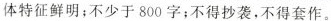
体特征鲜明；不少于 800 字；不得抄袭，不得套作。